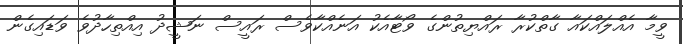
ވީމާ އެއްލައްކައާ ގާތްކުރާ ރައްޔިތުންގެ ވޯޓާއެކު އަނެއްކާވެސް ރައީސް ނަޝީދު އިއްތިހާދުވެ ވަޑައިގެން